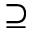
\supseteq